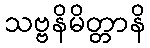
သဗ္ဗနိမိတ္တာနိ